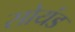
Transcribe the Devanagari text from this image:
सोयंड